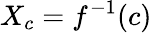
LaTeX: X_{c}=f^{-1}(c)